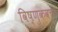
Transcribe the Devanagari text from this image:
विष्णुकवच